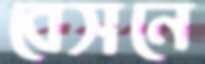
বেসনে